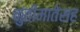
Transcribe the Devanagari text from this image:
कुंतीमातेसह